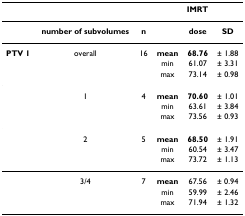
|  |  |  | <COLSPAN=3> IMRT |
 | --- | --- | --- | --- | --- | --- |
 |  | number of subvolumes | n |  | dose | SD |
 | PTV 1 | overall | 16 | mean | 68.76 | ± 1.88 |
 |  |  |  | min | 61.07 | ± 3.31 |
 |  |  |  | max | 73.14 | ± 0.98 |
 |  | 1 | 4 | mean | 70.60 | ± 1.01 |
 |  |  |  | min | 63.61 | ± 3.84 |
 |  |  |  | max | 73.56 | ± 0.93 |
 |  | 2 | 5 | mean | 68.50 | ± 1.91 |
 |  |  |  | min | 60.54 | ± 3.47 |
 |  |  |  | max | 73.72 | ± 1.13 |
 |  | 3/4 | 7 | mean | 67.56 | ± 0.94 |
 |  |  |  | min | 59.99 | ± 2.46 |
 |  |  |  | max | 71.94 | ± 1.32 |